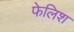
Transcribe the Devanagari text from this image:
फेलिश